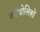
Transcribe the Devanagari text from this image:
कॉथोलिकों